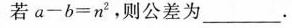
若$$a - b = n ^ { 2 }$$，则公差为___。